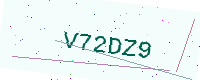
Text: V72DZ9